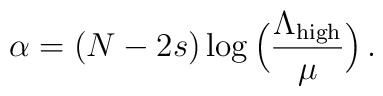
\alpha = (N-2s) \log\Big(\frac{\Lambda_{\mathrm{high}}}{\mu}\Big)\,.